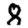
Digit: 8